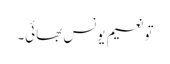
تو نعیم یونس بھائی۔